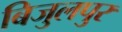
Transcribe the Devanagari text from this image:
बिजुलपुर